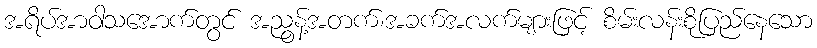
အရိပ်အာဝါသအောက်တွင် အညွန့်အတက်၊အခက်အလက်များဖြင့် စိမ်းလန်းစိုပြည်နေသော